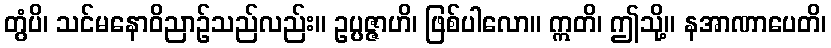
တွံပိ၊ သင်မနောဝိညာဉ်သည်လည်း။ ဥပ္ပဇ္ဇာဟိ၊ ဖြစ်ပါလော။ ဣတိ၊ ဤသို့။ နအာဏာပေတိ၊